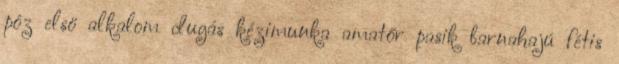
póz elsö alkalom dugás kézimunka amatőr pasik barnahajú fétis